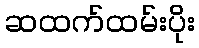
ဆထက်ထမ်းပိုး